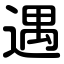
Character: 遇